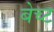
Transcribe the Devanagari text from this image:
बेच्ट